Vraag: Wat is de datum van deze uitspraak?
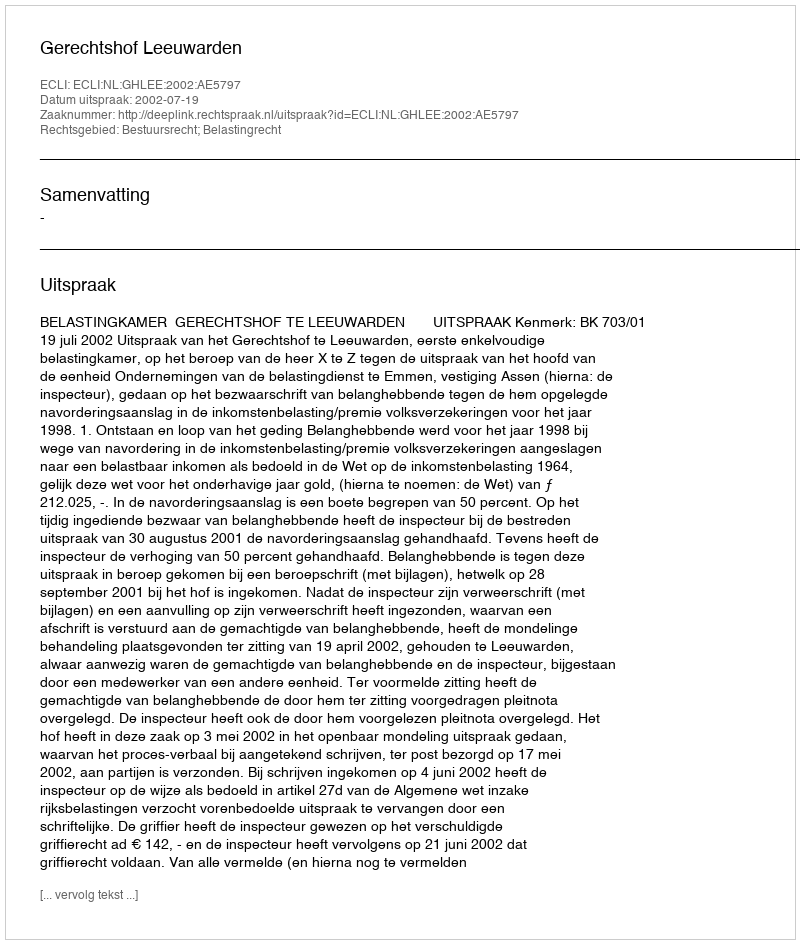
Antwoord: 2002-07-19